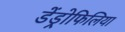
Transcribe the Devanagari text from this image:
डेंड्रोफिलिया